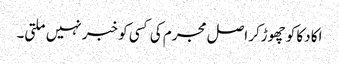
اکا دکا کو چھوڑکر اصل مجرم کی کسی کو خبر نہیں ملتی۔